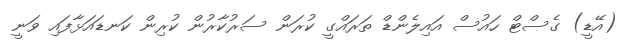
(އޭޑީ) ގެސްޓް ހައުސް އައިލެންޑް ތަރައްގީ ކުރަން ސަރުކާރުން ކުރިން ކަނޑައަޅާފައި ވަނީ